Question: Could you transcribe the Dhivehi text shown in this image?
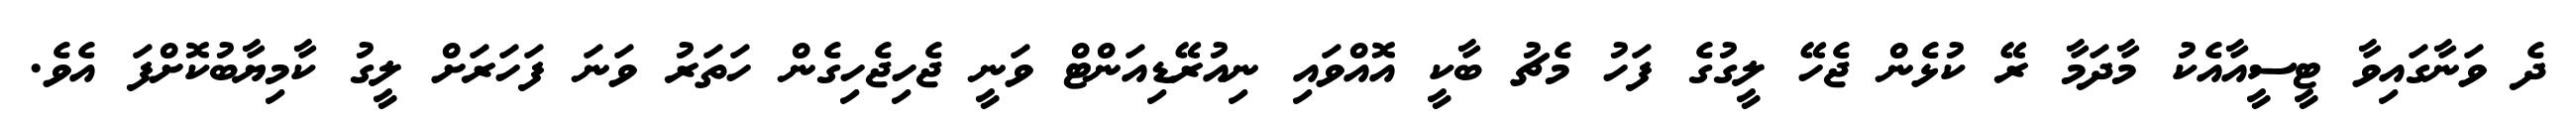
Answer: ދެ ވަނާގައިވާ ޓީސީއާއެކު މާދަމާ ރޭ ކުޅެން ޖެހޭ ލީގުގެ ފަހު މެޗު ބާކީ އޮއްވައި ނިއުރޭޑިއަންޓް ވަނީ ޖެހިޖެހިގެން ހަތަރު ވަނަ ފަހަރަށް ލީގު ކާމިޔާބުކޮށްފަ އެވެ.